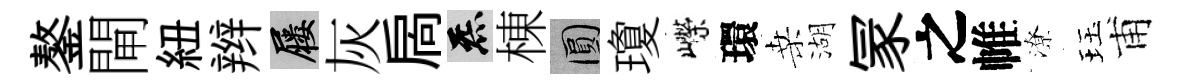
鏊閘紐辫屨灰扄炁棟圓瓊嶸環桑湖冡之帷潦珏甫